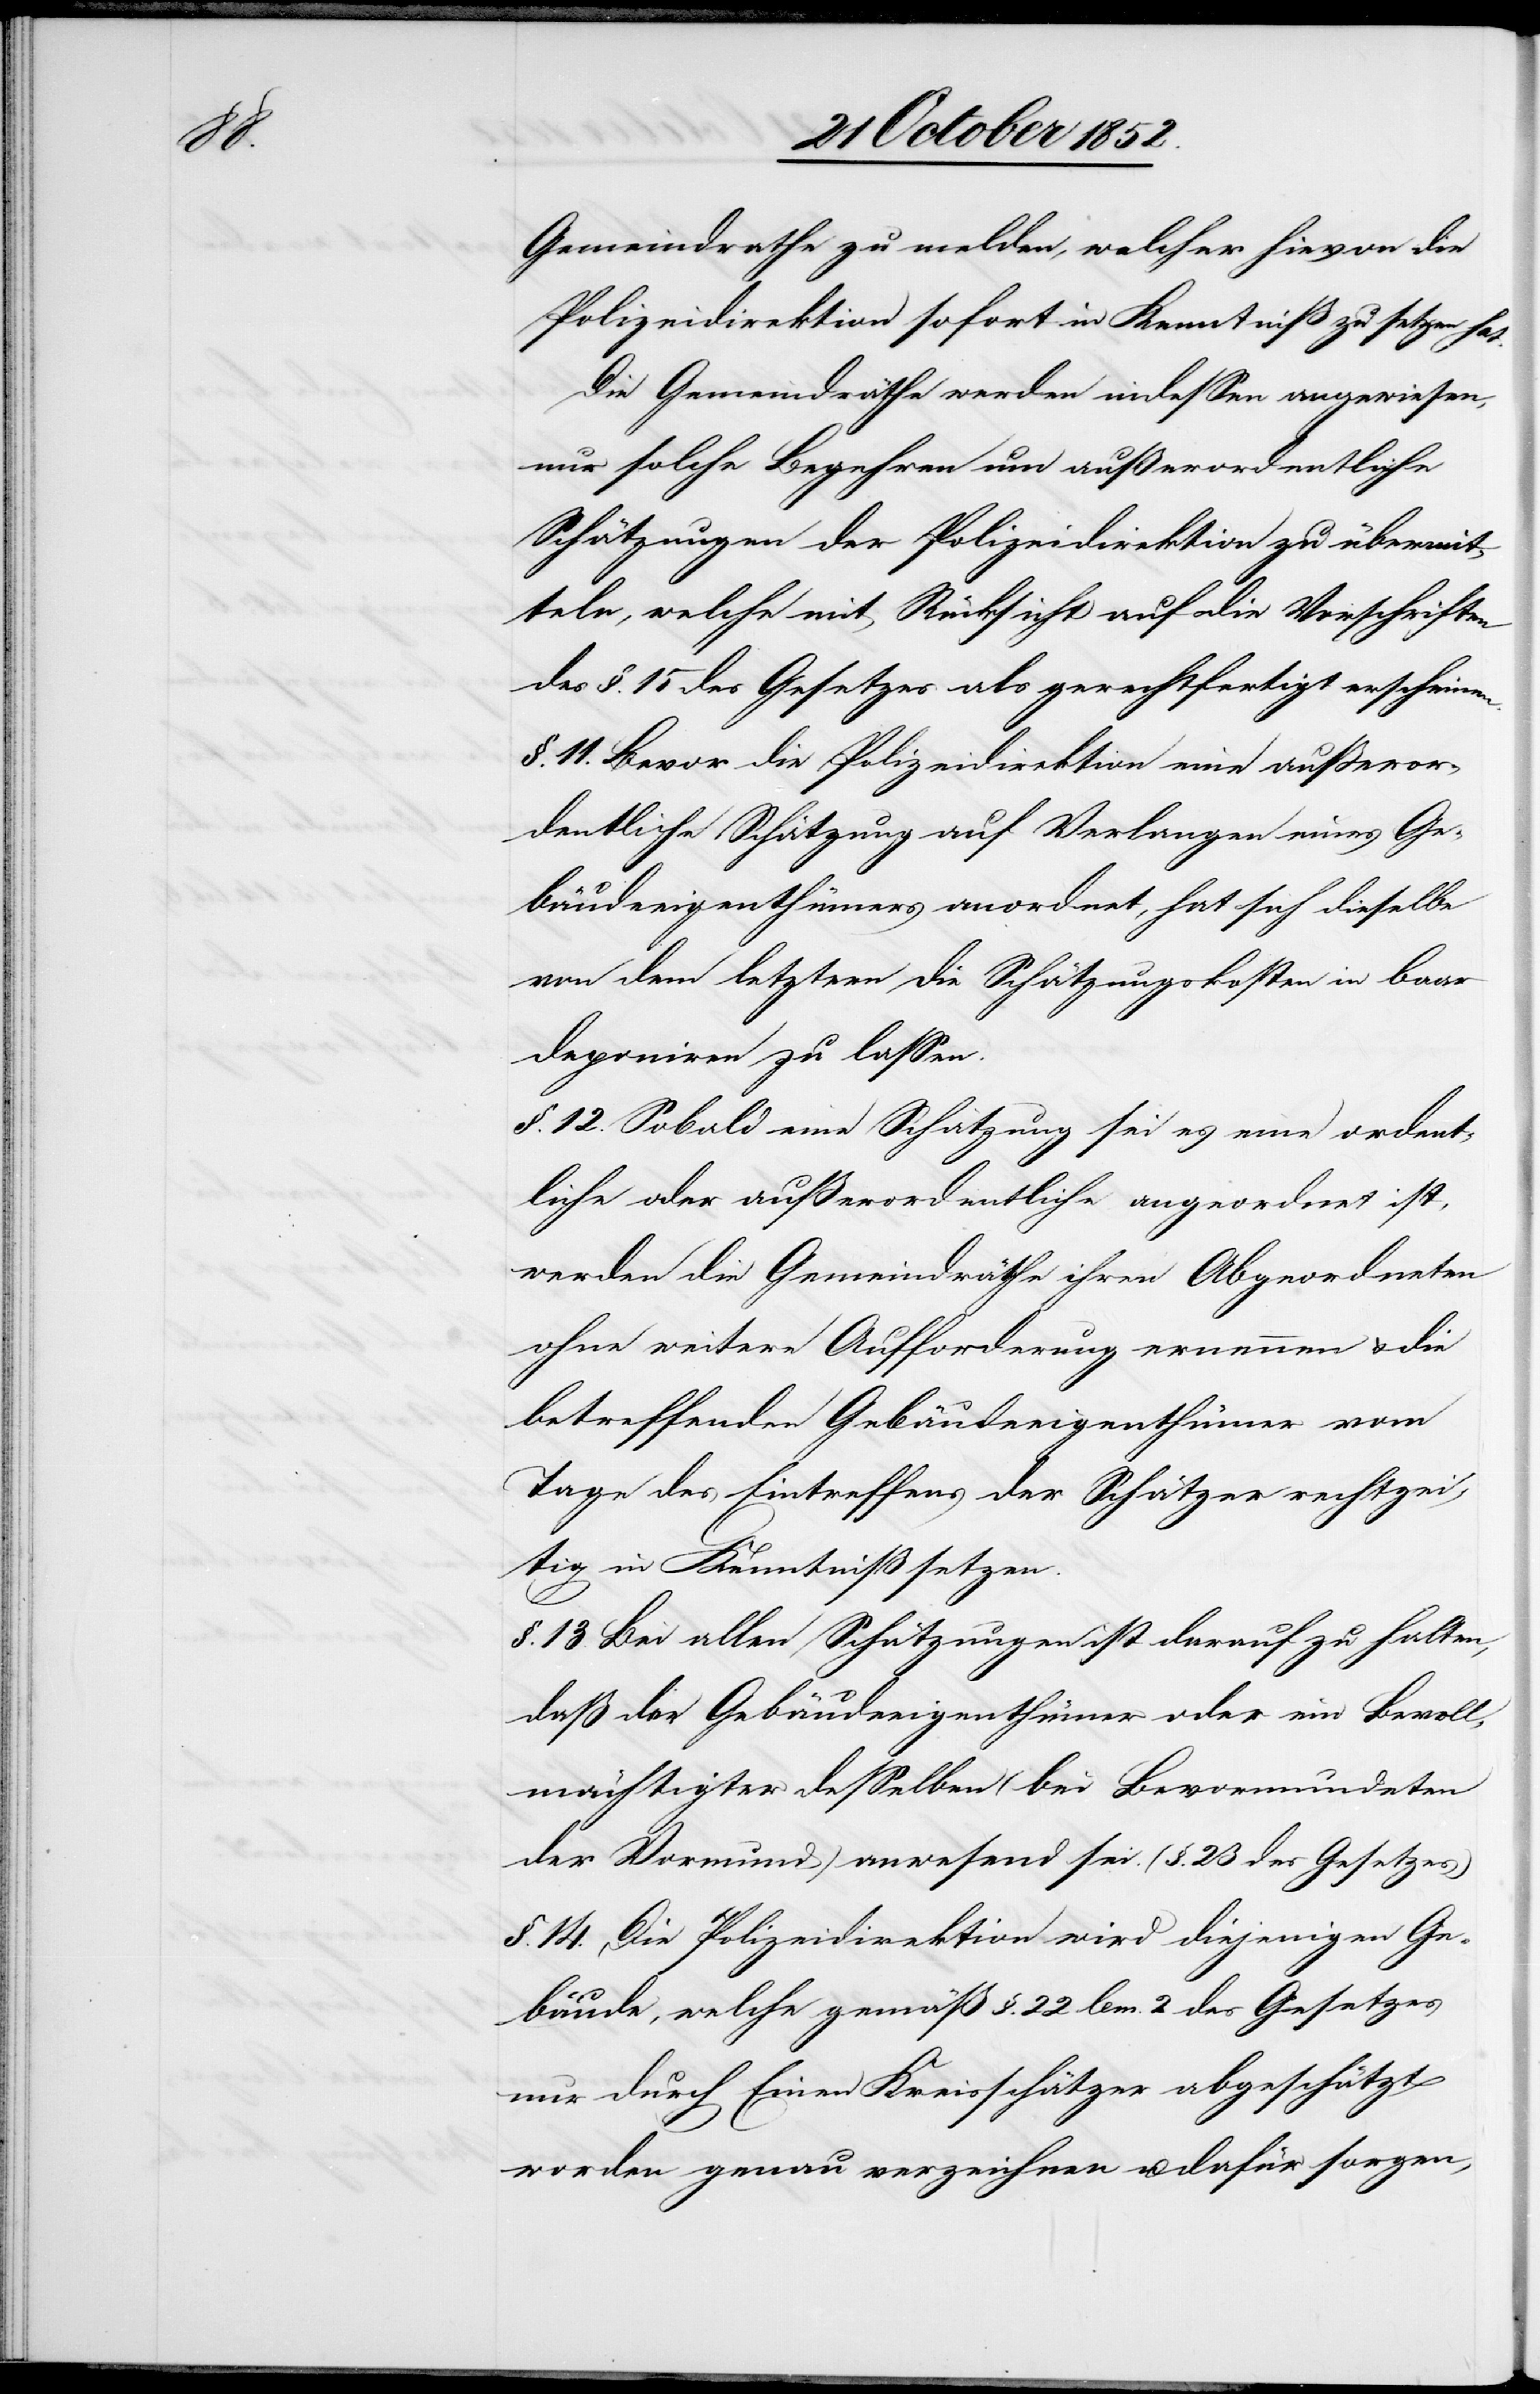
Gemeindrathe zu melden, welcher hievon die
Polizeidirektion sofort in Kenntniß zu setzen hat.
Die Gemeindräthe werden indessen angewiesen,
nur solche Begehren um außerordentliche
Schätzungen der Polizeidirektion zu übermit¬
teln, welche mit Rücksicht auf die Vorschriften
des §. 15 des Gesetzes als gerechtfertigt erscheinen.
§. 11. Bevor die Polizeidirektion eine außeror¬
dentliche Schätzung auf Verlangen eines Ge¬
bäudeeigenthümers anordnet, hat sich dieselbe
von dem letztern die Schätzungskosten in baar
deponiren zu lassen.
§. 12. Sobald eine Schätzung sei es eine ordent¬
liche oder außerordentliche angeordnet ist,
werden die Gemeindräthe ihren Abgeordneten
ohne weitere Aufforderung ernennen & die
betreffenden Gebäudeeigenthümer vom
Tage des Eintreffens der Schätzer rechtzei¬
tig in Kenntniß setzen.
§. 13. Bei allen Schätzungen ist darauf zu halten,
daß der Gebäudeeigenthümer oder ein Bevoll¬
mächtigter desselben (bei Bevormundeten
der Vormund) anwesend sei. (§. 23 des Gesetzes)
§. 14. Die Polizeidirektion wird diejenigen Ge¬
bäude, welche gemäß §. 22 lem. 2 des Gesetzes
nur durch Einen Kreisschätzer abgeschätzt
worden genau verzeichnen u. dafür sorgen,